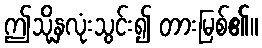
ဤသို့နှလုံးသွင်း၍ တားမြစ်၏။